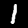
Label: 1